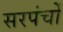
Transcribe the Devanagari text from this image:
सरपंचों